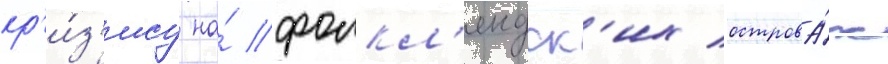
кр'и́з'ису на́ фолкл'ендск'их острова́х